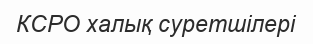
КСРО халық суретшілері